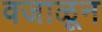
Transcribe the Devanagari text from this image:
वजाळून